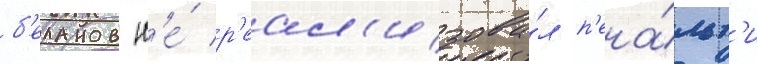
б'еланов н'е́ р'еал'изова́л п'ена́льт'и